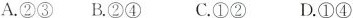
A.②③ B.②④ C.①② D.①④